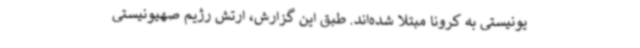
یونیستی به کرونا مبتلا شده‌اند. طبق این گزارش، ارتش رژیم صهیونیستی